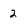
Character: 2